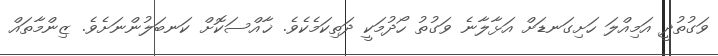
ވަގުތުދީ އަމިއްލަ ހަށިގަނޑަށް އަޅާލާނެ ވަގުތު ހޯދުމަކީ ދަތިކަމެކެވެ. ޚާއްސަކޮށް ކަނބަލުންނަށެވެ. ޒިންމާތައް